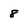
Character: 8